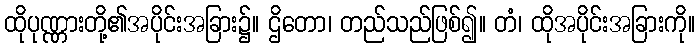
ထိုပုဏ္ဏားတို့၏အပိုင်းအခြား၌။ ဌိတော၊ တည်သည်ဖြစ်၍။ တံ၊ ထိုအပိုင်းအခြားကို။